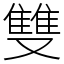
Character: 雙